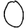
Digit: 0